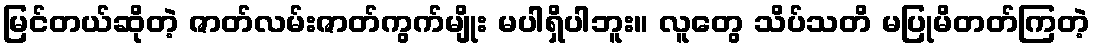
မြင်တယ်ဆိုတဲ့ ဇာတ်လမ်းဇာတ်ကွက်မျိုး မပါရှိပါဘူး။ လူတွေ သိပ်သတိ မပြုမိတတ်ကြတဲ့